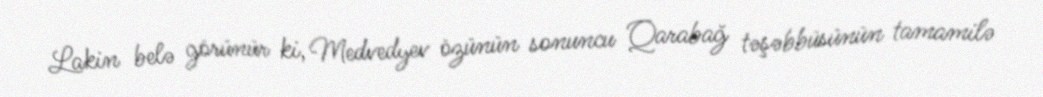
Lakin belə görünür ki, Medvedyev özünün sonuncu Qarabağ təşəbbüsünün tamamilə